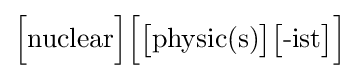
{\Big [}{\mbox{nuclear}}{\Big ]}{\Big [}{\big [}{\mbox{physic(s)}}{\big ]}{\big [}{\mbox{-ist}}{\big ]}{\Big ]}